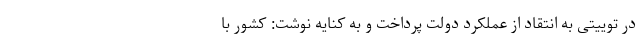
در توییتی به انتقاد از عملکرد دولت پرداخت و به کنایه نوشت: کشور با